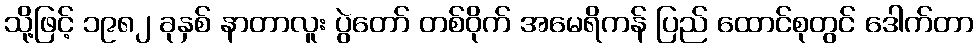
သို့ဖြင့် ၁၉၈၂ ခုနှစ် နာတာလူး ပွဲတော် တစ်ဝိုက် အမေရိကန် ပြည် ထောင်စုတွင် ဒေါက်တာ